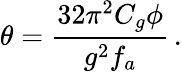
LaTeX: \theta=\frac{32\pi^{2}C_{g}\phi}{g^{2}f_{a}}\, .